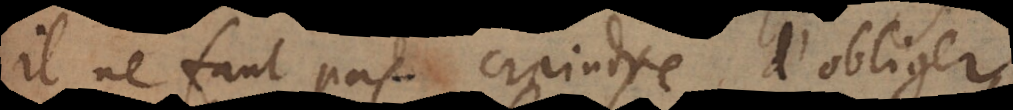
il ne faut pas craindre d’obliger